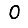
Digit: 0